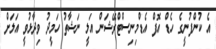
އެ ކުންފުނީގެ ހެޑް އޮފް އެޑްމިނިސްޓްރޭޝަން އަލީ ނަޝާތު ހަމީދު ވިދާޅުވީ އަލަށް